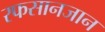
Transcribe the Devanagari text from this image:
रफसानजान